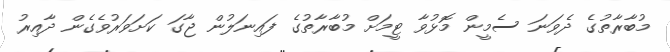
މުބާރާތުގެ ދެވަނަ ސެމީން މޮޅުވާ ޓީމަށް މުބާރާތުގެ ފައިނަލުން ޖާގަ ކަށަވަރުވެގެން ދާއިރު